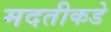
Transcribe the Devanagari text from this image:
मदतीकडे